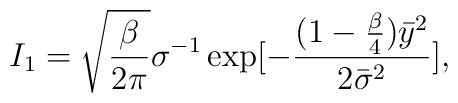
I_1=\sqrt{\frac{\beta}{2\pi}}\sigma^{-1}\exp[-\frac{(1-\frac{\beta}{4}){\bar y}^2}{2{\bar\sigma}^2}],